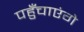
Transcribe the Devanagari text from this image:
पहुँचाएंगे